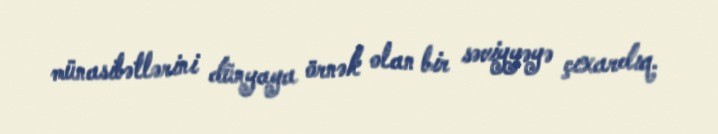
münasibətlərini dünyaya örnək olan bir səviyyəyə çıxardıq.